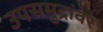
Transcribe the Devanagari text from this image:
उपसमुद्रांवर